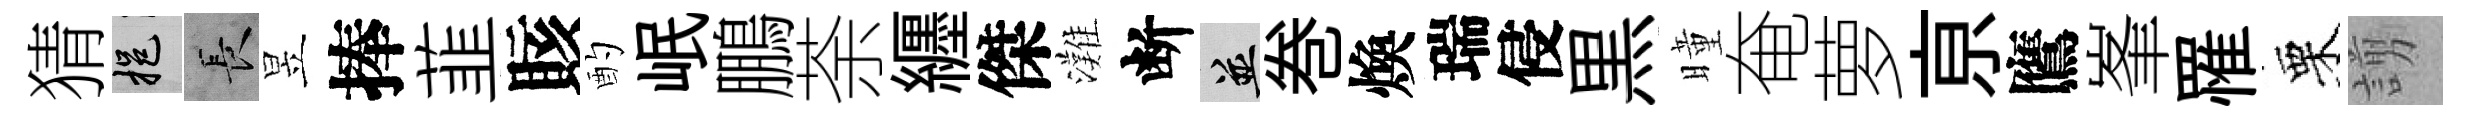
猜挹长昱捧韮賅酌岷鵬荼纒傑灘断并巻煥瑞侵黒曈奄萝亰鷹峯罹栗謭